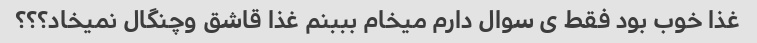
غذا خوب بود فقط ی سوال دارم میخام بببنم غذا قاشق وچنگال نمیخاد؟؟؟